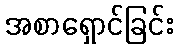
အစာရှောင်ခြင်း